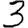
Digit: 3